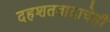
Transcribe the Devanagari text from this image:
दहशतवादाचेही